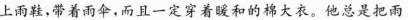
上雨鞋，带着雨伞，而且一定穿着暖和的棉大衣。他总是把雨